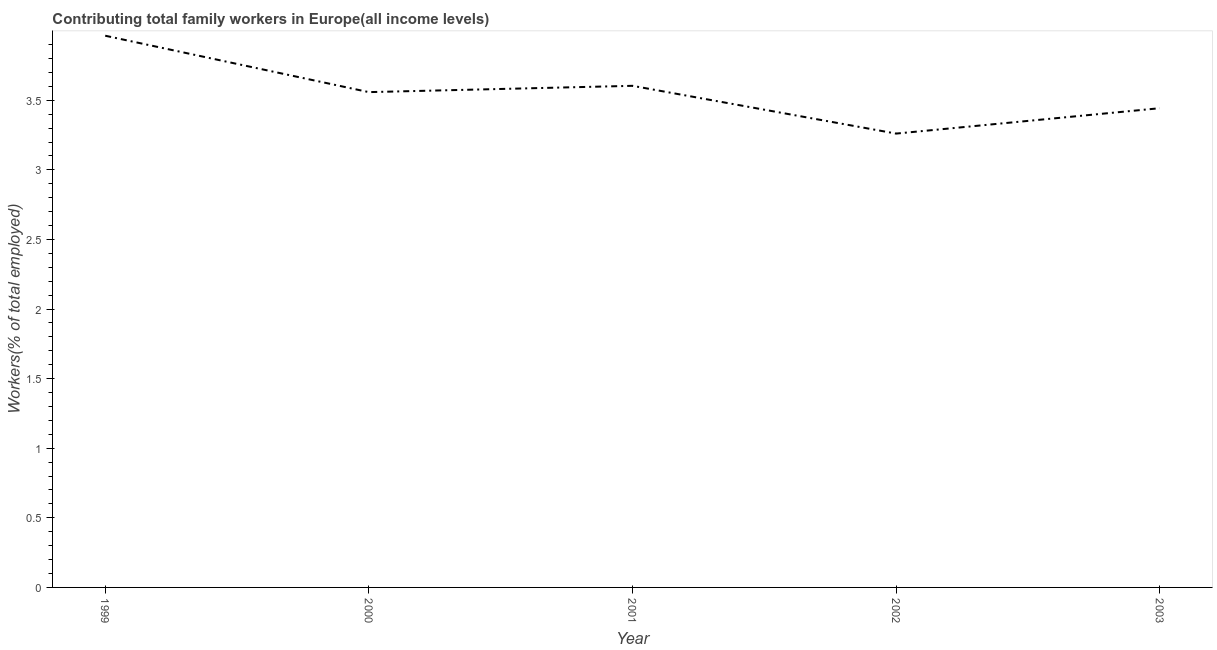
| Year | Contributing family workers |
 | --- | --- |
 | 1999 | 3.96 |
 | 2000 | 3.56 |
 | 2001 | 3.6 |
 | 2002 | 3.26 |
 | 2003 | 3.44 |